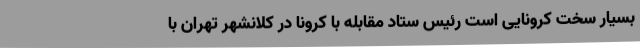
بسیار سخت کرونایی است رئیس ستاد مقابله با کرونا در کلانشهر تهران با